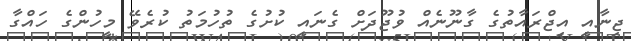
ޖިނާއީ އިޖްރައާތުގެ ގާނޫނެއް ވުޖޫދަށް ގެނައީ ކުށުގެ ތުހުމަތު ކުރެވޭ މީހުންގެ ހައްގާ